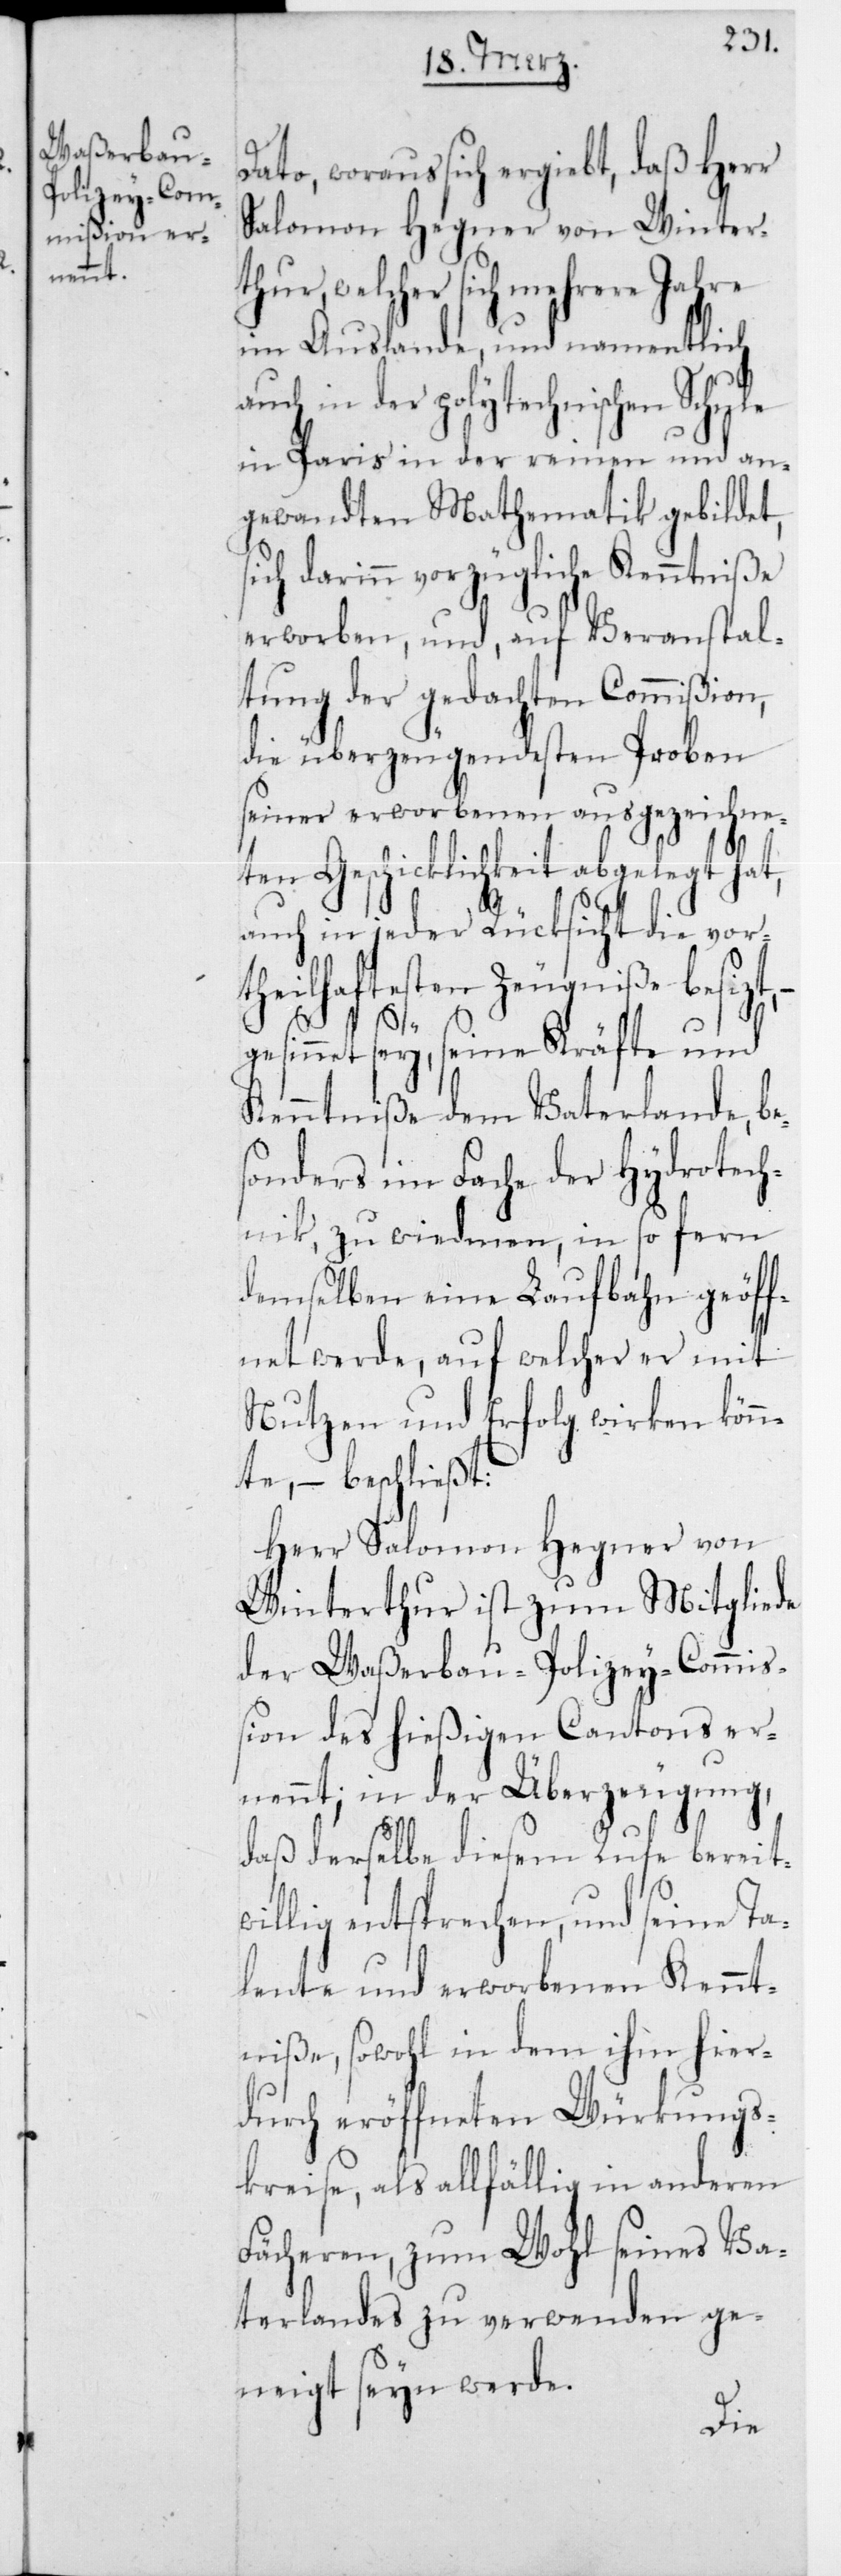
Dato, woraus sich ergiebt, daß Herr
Salomon Hegner von Winter¬
thur, welcher sich mehrere Jahre
im Auslande, und namentlich
auch in der polytechnischen Schule
in Paris in der reinen und an¬
gewandten Mathematik gebildet,
sich darin vorzügliche Kenntniße
erworben, und, auf Veranstal¬
tung der gedachten Commißion,
die überzeugendesten Proben
seiner erworbenen ausgezeichne¬
ten Geschicklichkeit abgelegt
auch in jeder Rücksicht die vort¬
besizt, – gesin¬
net sey, seine Kräfte und
Kenntniße dem Vaterlande, be¬
sonders im Fache der Hydrotech¬
nik, zu wiedmen, in so fern
demselben eine Laufbahn geöff¬
net werde, auf welcher er mit
Nutzen und Erfolg wirken könn¬
te, – beschließt:
Herr Salomon Hegner von
Winterthur ist zum Mitgliede
der Waßerbau-Polizey-Commiß¬
ion des hießigen Cantons er¬
nennt; in der Überzeugung,
daß derselbe diesem Rufe bereit¬
willig entsprechen, und seine Ta¬
lente und erworbenen Kennt¬
niße, sowohl in dem ihm hier¬
durch eröffneten Würkungs¬
kreise, als allfällig in anderen
Fächeren, zum Wohl seines Va¬
terlandes zu verwenden ge¬
neigt seyn werde.